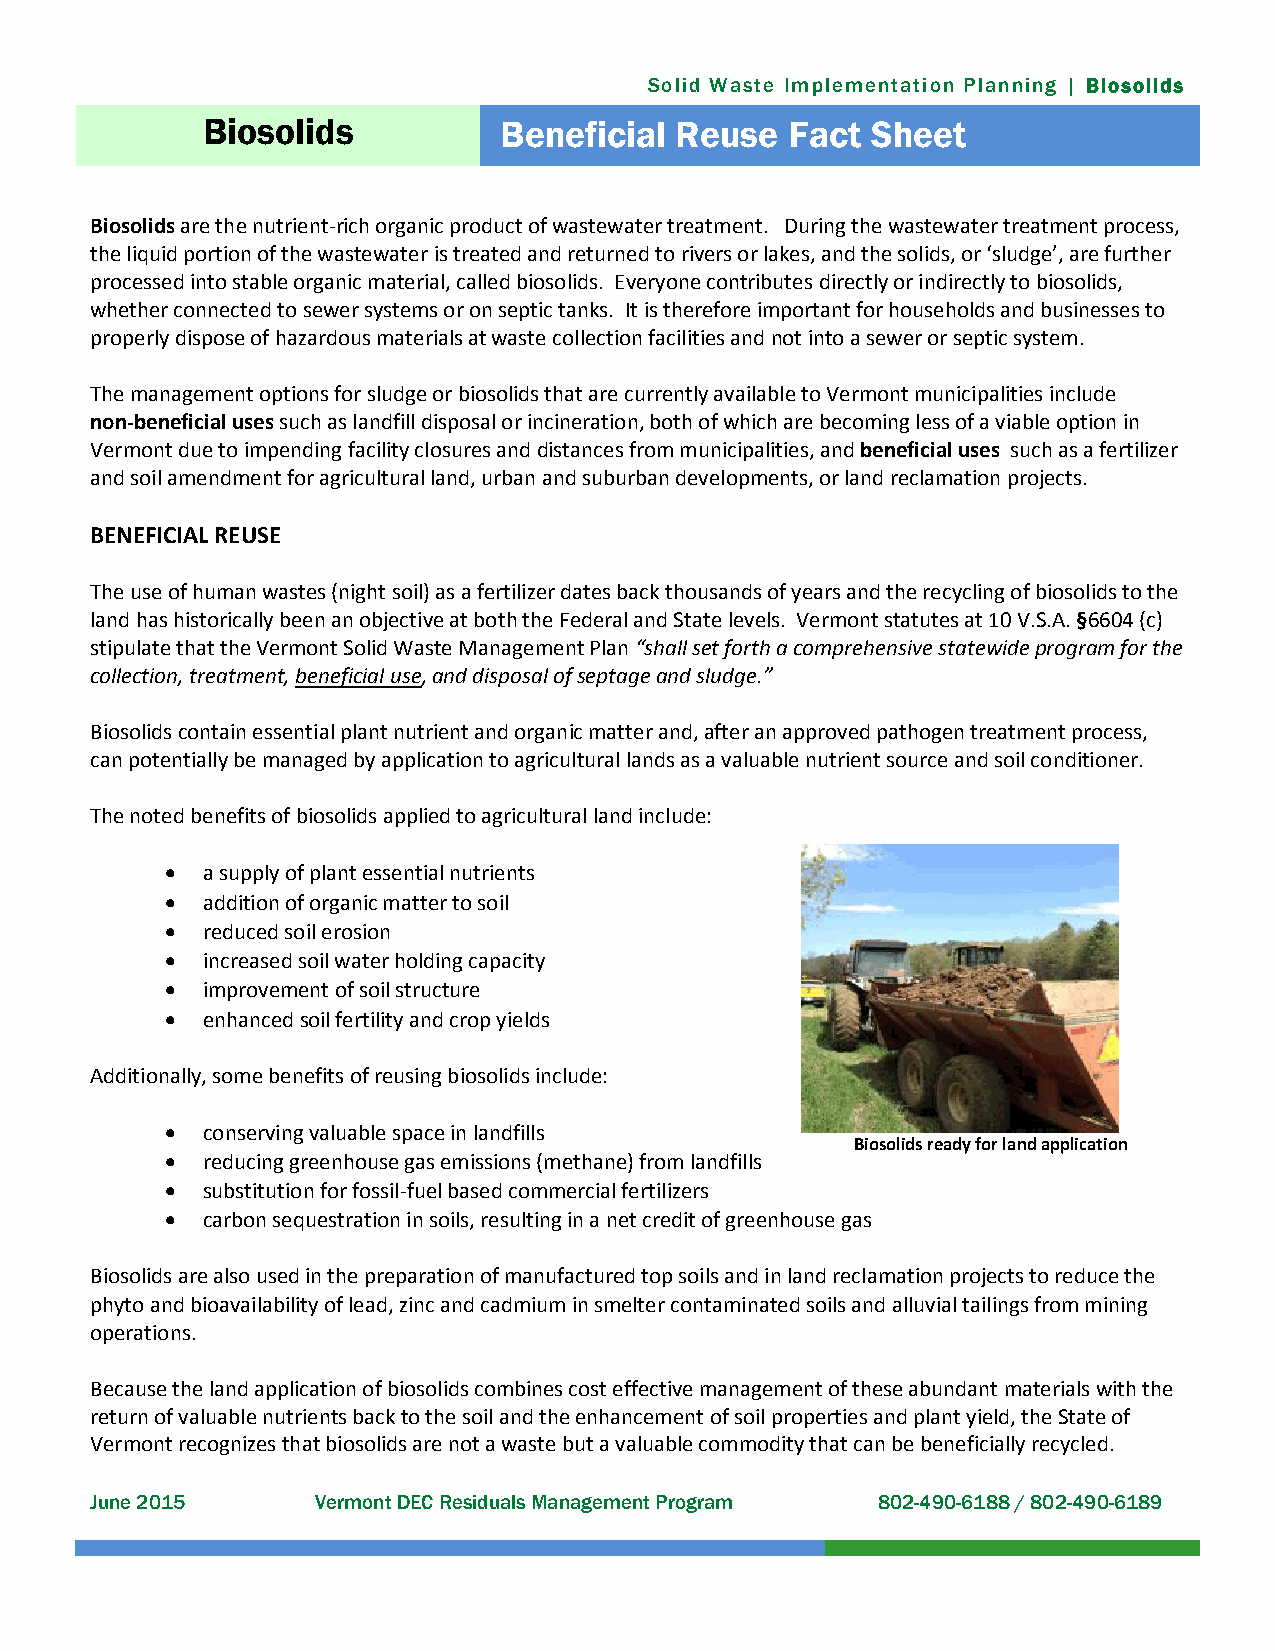
Solid Waste Implementation Planning | Biosolids
 Biosolids           Beneficial  Reuse  Fact  Sheet
 Biosolids are the nutrient-rich organic product of wastewater treatment. During the wastewater treatment process,
 the liquid portion of the wastewater is treated and returned to rivers or lakes, and the solids, or ‘sludge’, are further
 processed into stable organic material, called biosolids. Everyone contributes directly or indirectly to biosolids,
 whether connected to sewer systems or on septic tanks. It is therefore important for households and businesses to
 properly dispose of hazardous materials at waste collection facilities and not into a sewer or septic system.
 The management options for sludge or biosolids that are currently available to Vermont municipalities include
 non-beneficial uses such as landfill disposal or incineration, both of which are becoming less of a viable option in
 Vermont due to impending facility closures and distances from municipalities, and beneficial uses such as a fertilizer
 and soil amendment for agricultural land, urban and suburban developments, or land reclamation projects.
 BENEFICIAL REUSE
 The use of human wastes (night soil) as a fertilizer dates back thousands of years and the recycling of biosolids to the
 land has historically been an objective at both the Federal and State levels. Vermont statutes at 10 V.S.A. §6604 (c)
 stipulate that the Vermont Solid Waste Management Plan “shall set forth a comprehensive statewide program for the
 collection, treatment, beneficial use, and disposal of septage and sludge.”
 Biosolids contain essential plant nutrient and organic matter and, after an approved pathogen treatment process,
 can potentially be managed by application to agricultural lands as a valuable nutrient source and soil conditioner.
 The noted benefits of biosolids applied to agricultural land include:
  a supply of plant essential nutrients
  addition of organic matter to soil
  reduced soil erosion
  increased soil water holding capacity
  improvement of soil structure
  enhanced soil fertility and crop yields
 Additionally, some benefits of reusing biosolids include:
  conserving valuable space in landfills
 Biosolids ready for land application
  reducing greenhouse gas emissions (methane) from landfills
  substitution for fossil-fuel based commercial fertilizers
  carbon sequestration in soils, resulting in a net credit of greenhouse gas
 Biosolids are also used in the preparation of manufactured top soils and in land reclamation projects to reduce the
 Photos courtesy of Windham Solid Waste Management District phyto and bioavailability of lead, zinc and cadmium in smelter contaminated soils and alluvial tailings from mining
 operations.
 Because the land application of biosolids combines cost effective management of these abundant materials with the
 return of valuable nutrients back to the soil and the enhancement of soil properties and plant yield, the State of
 Vermont recognizes that biosolids are not a waste but a valuable commodity that can be beneficially recycled.
 June 2015      Vermont DEC Residuals Management Program 802-490-6188 / 802-490-6189